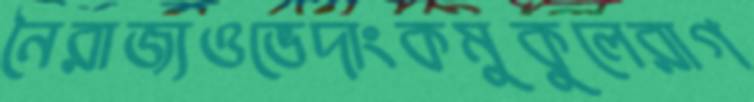
নৈরাজ্যওভেদাংকমুকুলেরাগ